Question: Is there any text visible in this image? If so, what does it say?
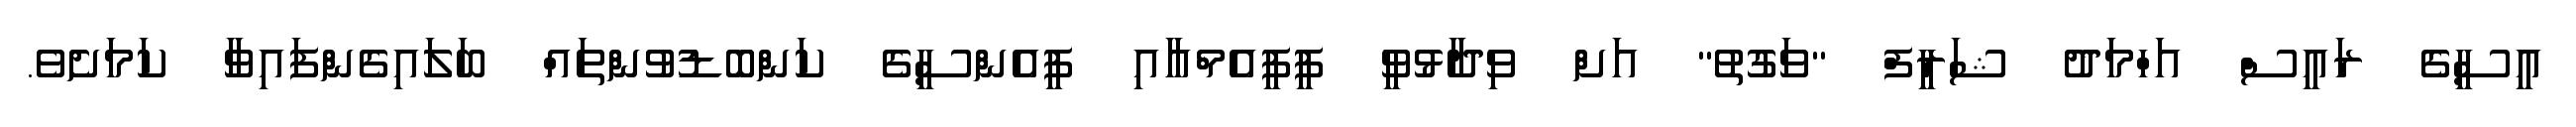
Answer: އީސީގެ ރައީސް އަހްމަދު ޝަރީފް "ވަގުތު" އަށް ވިދާޅުވީ ޕީޕީއެމްއާއި ޕީއެންސީގެ ކަންބޮޑުވުންތައް ބަލައިގެންފައިވާ ކަމަށެވެ.